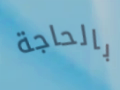
بالحاجة